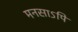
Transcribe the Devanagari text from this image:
मनसाऽपि